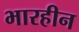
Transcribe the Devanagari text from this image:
भारहीन